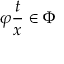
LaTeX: \varphi { \frac { t } { x } } \in \Phi